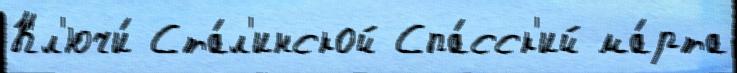
Кл'ючи́ Ста́л'инской Спа́сск'ий ма́рта